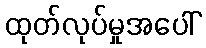
ထုတ်လုပ်မှုအပေါ်